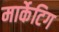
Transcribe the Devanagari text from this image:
मार्केटिग